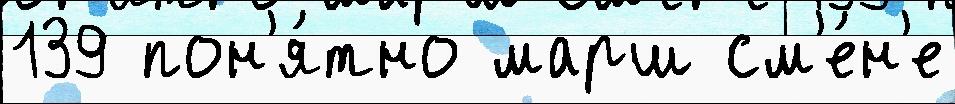
139 пон'я́тно марш см'е́н'е